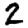
Digit: 2